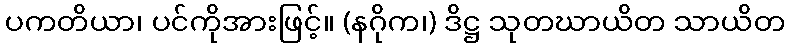
ပကတိယာ၊ ပင်ကိုအားဖြင့်။ (နဂိုက၊) ဒိဋ္ဌ သုတဃာယိတ သာယိတ